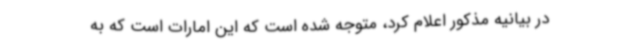
در بیانیه مذکور اعلام کرد، متوجه شده است که این امارات است که به